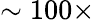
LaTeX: \sim 100\times